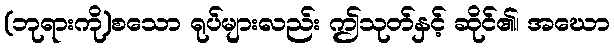
(ဘုရားကို)စသော ရုပ်များလည်း ဤသုတ်နှင့် ဆိုင်၏၊ အဃော